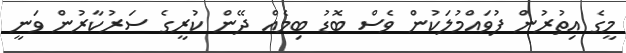
މީގެ އިތުރުން ފުވައްމުލަކުން ވެސް ބޮޑު ބިމެއް ދޭން ކުރީގެ ސަރުކާރުން ވަނީ